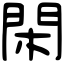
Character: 閑